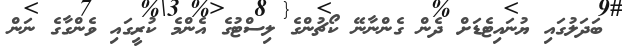
ބަދަލުގައި ޔުނައިޓެޑަށް ދެން ގެންނާނޭ ކޯޗުންގެ ލިސްޓުގެ އެންމެ ކުރީގައި ވެންގާގެ ނަން